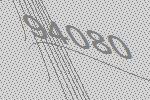
94080